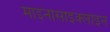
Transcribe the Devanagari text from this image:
माइनोसाइक्लाइन